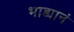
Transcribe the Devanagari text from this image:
भाड्यानं